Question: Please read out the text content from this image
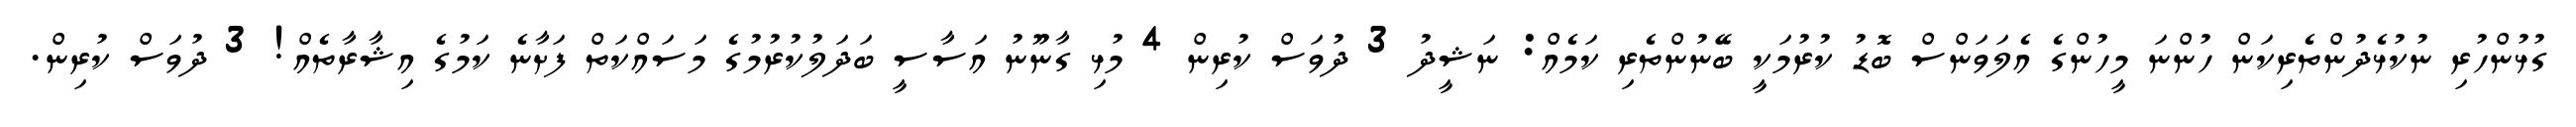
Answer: ގުޅުންހުރި ނުކުޅެދުންތެރިކަން ހުންނަ މީހުންގެ އެލަވަންސް ބޮޑު ކުރުމަކީ ބޭނުންތެރި ކަމެއް: ނަޝީދު 3 ދުވަސް ކުރިން 4 މުޅި ގާނޫނު އަސާސީ ބަދަލުކުރުމުގެ މަސައްކަތް ފަށާނެ ކަމުގެ އިޝާރާތެއް! 3 ދުވަސް ކުރިން.